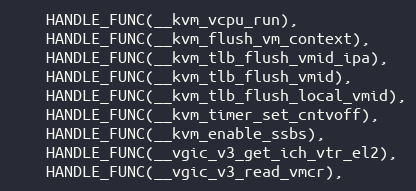
Language: C
	HANDLE_FUNC(__kvm_vcpu_run),
	HANDLE_FUNC(__kvm_flush_vm_context),
	HANDLE_FUNC(__kvm_tlb_flush_vmid_ipa),
	HANDLE_FUNC(__kvm_tlb_flush_vmid),
	HANDLE_FUNC(__kvm_tlb_flush_local_vmid),
	HANDLE_FUNC(__kvm_timer_set_cntvoff),
	HANDLE_FUNC(__kvm_enable_ssbs),
	HANDLE_FUNC(__vgic_v3_get_ich_vtr_el2),
	HANDLE_FUNC(__vgic_v3_read_vmcr),